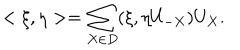
LaTeX: < \xi , \eta > = \sum _ { X \in D } ( \xi , \eta U _ { - X } ) U _ { X } .